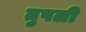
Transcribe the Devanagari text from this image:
तुपली